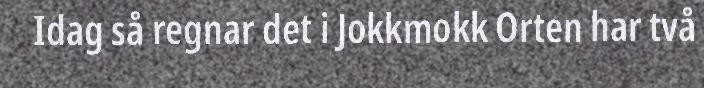
Idag så regnar det i Jokkmokk Orten har två